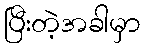
ပြီးတဲ့အခါမှာ